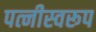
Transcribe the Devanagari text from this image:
पत्नीस्वरूप